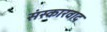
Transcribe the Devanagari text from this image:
संस्कारवाद